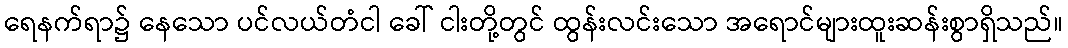
ရေနက်ရာ၌ နေသော ပင်လယ်တံငါ ခေါ် ငါးတို့တွင် ထွန်းလင်းသော အရောင်များထူးဆန်းစွာရှိသည်။